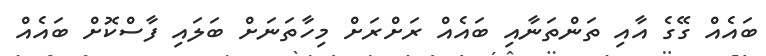
ބައެއް ގޭގެ އާއި ތަންތަނާއި ބައެއް ރަށްރަށް މިހާތަނަށް ބަލައި ފާސްކޮށް ބައެއް